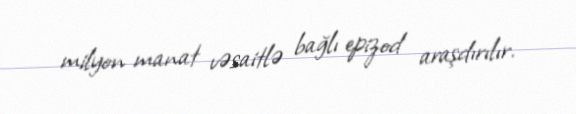
milyon manat vəsaitlə bağlı epizod araşdırılır.